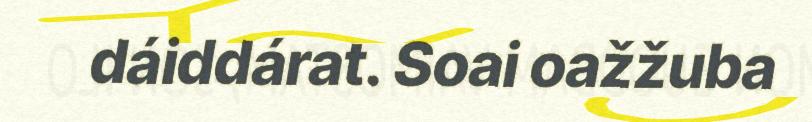
dáiddárat. Soai oažžuba